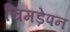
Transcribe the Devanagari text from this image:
चिमड़ेपन